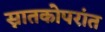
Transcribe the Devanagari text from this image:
स्नातकोपरांत